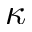
\kappa